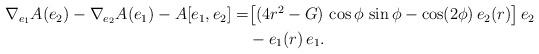
LaTeX: \begin{align*}\begin{aligned}\nabla_{e_1} A (e_2) -\nabla_{e_2} A(e_1)-A[e_1,e_2] =& \big[( 4 r^2-G)\,\cos\phi\,\sin\phi -\cos(2 \phi)\,e_2(r) \big]\,e_2\\&-e_1(r)\, e_1.\end{aligned}\end{align*}